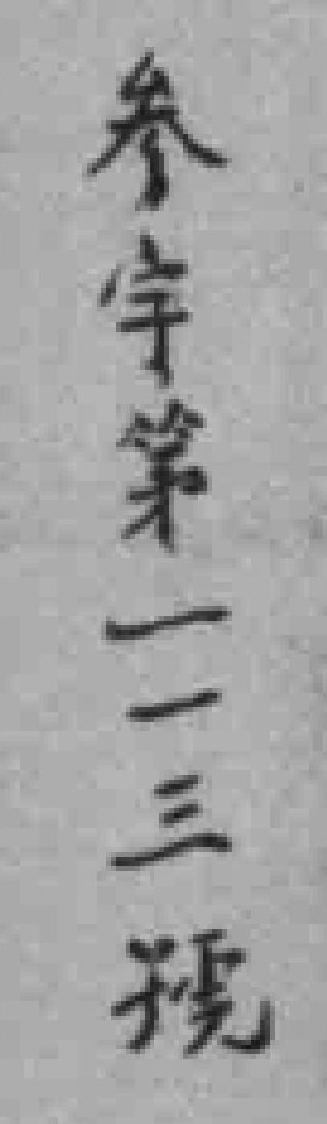
参宇第一一三號